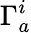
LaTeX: \Gamma_{a}^{i}